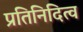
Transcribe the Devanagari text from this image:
प्रतिनिदित्व